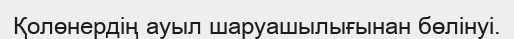
Қолөнердің ауыл шаруашылығынан бөлінуі.